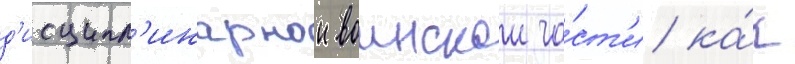
д'исципл'инарнои воинскои ча́ст'и ка́к